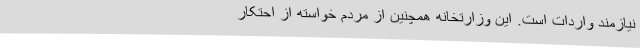
نیازمند واردات است. این وزارتخانه همچنین از مردم خواسته از احتکار